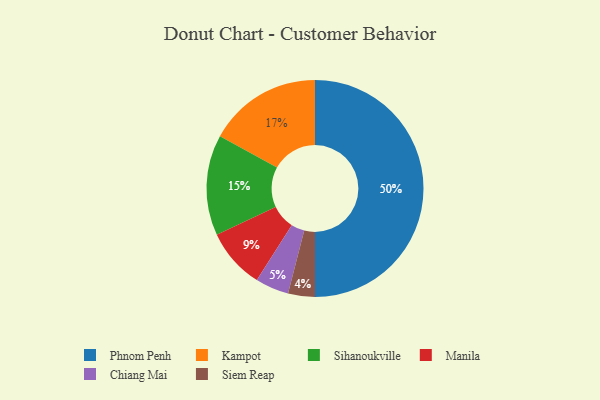
{"axis": {"x": "Category", "y": "Percentage"}, "legend": ["Chiang Mai", "Kampot", "Manila", "Phnom Penh", "Siem Reap", "Sihanoukville"], "data": [{"x": "Siem Reap", "y": 4, "type": "Siem Reap"}, {"x": "Kampot", "y": 17, "type": "Kampot"}, {"x": "Phnom Penh", "y": 50, "type": "Phnom Penh"}, {"x": "Sihanoukville", "y": 15, "type": "Sihanoukville"}, {"x": "Chiang Mai", "y": 5, "type": "Chiang Mai"}, {"x": "Manila", "y": 9, "type": "Manila"}]}